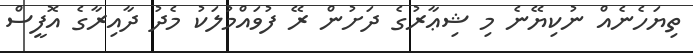
ތިޔަހެނެއް ނުކިޔޭނެ މި ޝިޢާރުގެ ދަށުން ރޭ ފުވައްމުލަކު މެދު ދާއިރާގެ އޮފީސް